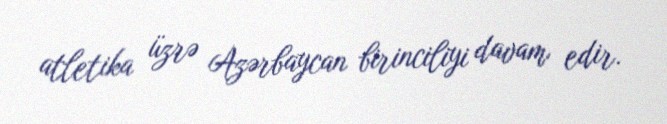
atletika üzrə Azərbaycan birinciliyi davam edir.